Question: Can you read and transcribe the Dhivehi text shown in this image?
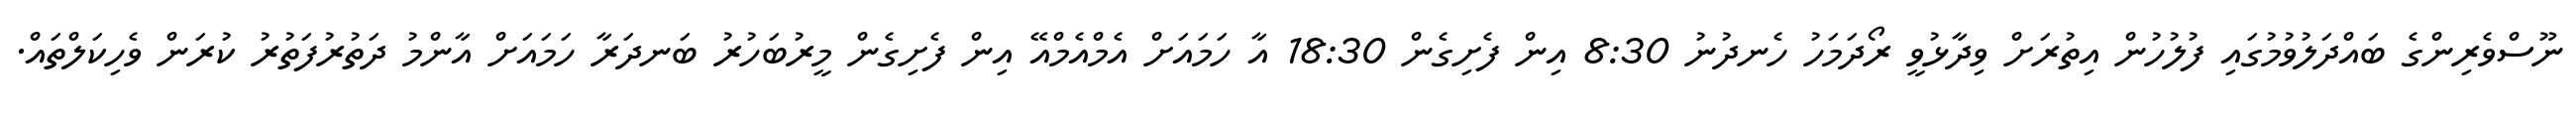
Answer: ނޫސްވެރިންގެ ބައްދަލުވުމުގައި ފުލުހުން އިތުރަށް ވިދާޅުވީ ރޯދަމަހު ހެނދުނު 8:30 އިން ފެށިގެން 18:30 އާ ހަމައަށް އެމްއެމްއޭ އިން ފެށިގެން މީރުބަހުރު ބަނދަރާ ހަމައަށް އާންމު ދަތުރުފަތުރު ކުރަން ވެހިކަލްތައް.